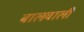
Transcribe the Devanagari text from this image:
बालवाली